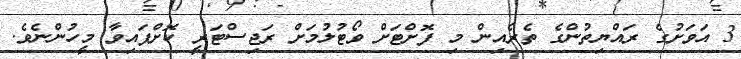
3 އަވަށުގެ ރައްޔިތުންގެ ތެރެއިން މި ފޮށްޓަށް ވޯޓުލުމަށް ރަޖިސްޓަރީ ކޮށްފައިވާ މީހުންނެވެ.